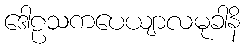
ဒေါဠသကပေယျာလမုခါနိ